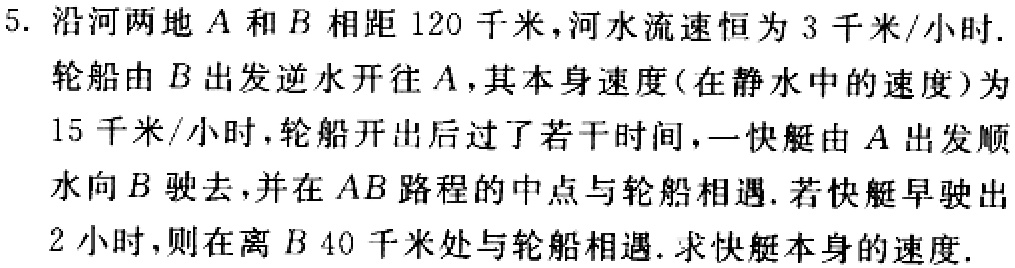
5. 沿河两地\(A\)和\(B\)相距\(120\)千米，河水流速恒为\(3\)千米/小时. 轮船由\(B\)出发逆水开往\(A\)，其本身速度(在静水中的速度)为\(15\)千米/小时，轮船开出后过了若干时间，一快艇由\(A\)出发顺水向\(B\)驶去，并在\(AB\)路程的中点与轮船相遇. 若快艇早驶出\(2\)小时，则在离\(B\) \(40\)千米处与轮船相遇. 求快艇本身的速度.